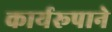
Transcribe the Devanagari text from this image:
कार्यरूपाने